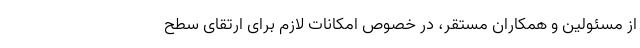
از مسئولین و همکاران مستقر، در خصوص امکانات لازم برای ارتقای سطح